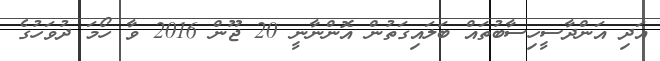
އަދި އަންދާސީހިސާބުތައް ބަލައިގަތުން އޮންނާނީ 20 ޖޫން 2016 ވާ ހޯމަ ދުވަހުގެ